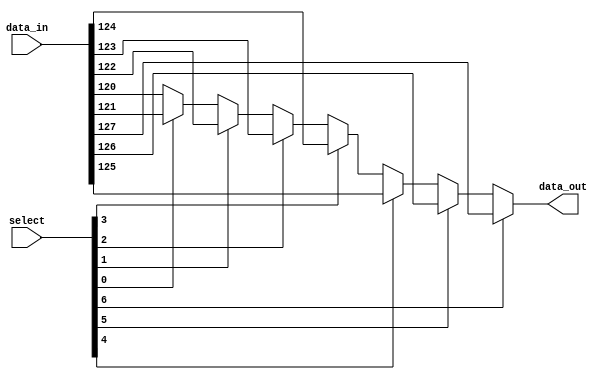
module multiplexer_128to1 (
    input wire [127:0] data_in,
    input wire [6:0] select,
    output wire data_out
);

assign data_out = select[6] ? data_in[127] :
                 select[5] ? data_in[126] :
                 select[4] ? data_in[125] :
                 select[3] ? data_in[124] :                
                 select[2] ? data_in[123] :
                 select[1] ? data_in[122] :
                 select[0] ? data_in[121] : data_in[120];

endmodule